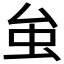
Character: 𧈧